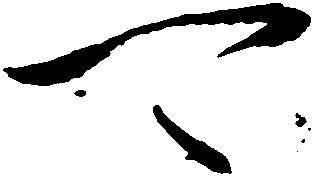
可